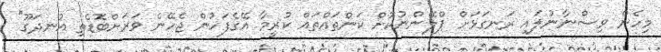
މިހެން ވިސްނާނުލައި ރަނގަޅަށް ޕްލޭންނުކޮށް ކަންތައްތައް ކުރީމާ އޭގެފަހުން ޖެހޭނެ ވަރަށްބޮޑެތި އުނދަގޫ"